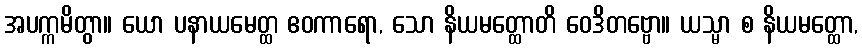
အပက္ကမိတွာ။ ယော ပနာယမေတ္ထ ဧဝကာရော, သော နိယမတ္ထောတိ ဝေဒိတဗ္ဗော။ ယသ္မာ စ နိယမတ္ထော,